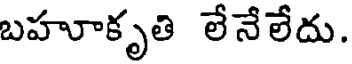
బహూకృతి లేనేలేదు.